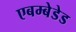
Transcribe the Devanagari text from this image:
एबम्बेडेड